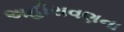
અહીરાવણના